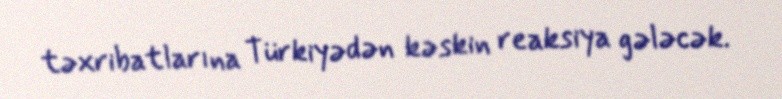
təxribatlarına Türkiyədən kəskin reaksiya gələcək.